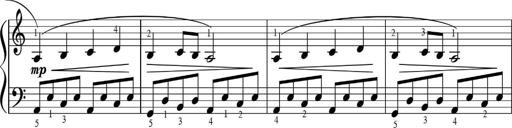
Title: Sonatinas
Composer: Andrew Violette